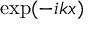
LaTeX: \exp ( - i k x )